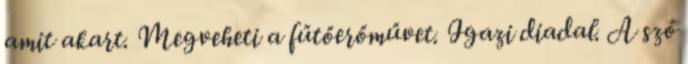
amit akart. Megveheti a fűtőerőművet. Igazi diadal. A szó